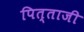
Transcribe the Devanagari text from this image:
पित्ताजी